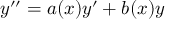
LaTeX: y ^ { \prime \prime } = a ( x ) y ^ { \prime } + b ( x ) y